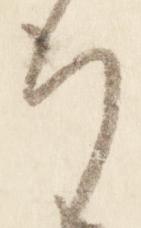
行